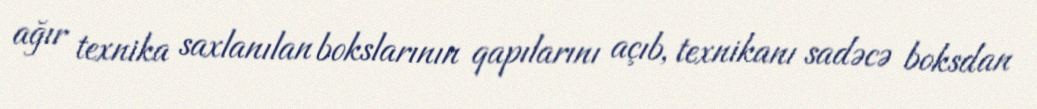
ağır texnika saxlanılan bokslarının qapılarını açıb, texnikanı sadəcə boksdan